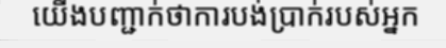
យើងបញ្ជាក់ថាការបង់ប្រាក់របស់អ្នក